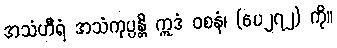
အသံဟီရံ အသံကုပ္ပန္တိ ဣဒံ ဝစနံ၊ (ပေ၂၇၂) ကို။